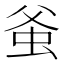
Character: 𧉊